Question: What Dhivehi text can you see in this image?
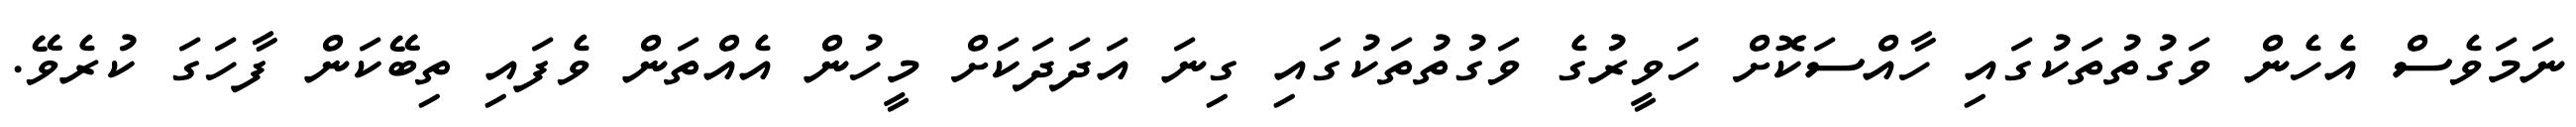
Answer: ނަމަވެސް އެހެން ވަގުތުތަކުގައި ހާއްސަކޮށް ހަވީރުގެ ވަގުތުތަކުގައި ގިނަ އަދަދަކަށް މީހުން އެއްތަން ވެފައި ތިބޭކަން ފާހަގަ ކުރެވޭ.